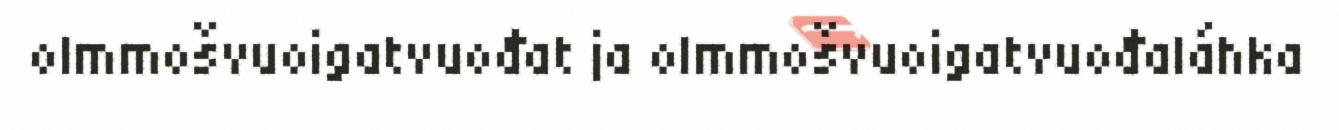
olmmošvuoigatvuođat ja olmmošvuoigatvuođaláhka